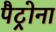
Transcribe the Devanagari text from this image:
पैट्रोना